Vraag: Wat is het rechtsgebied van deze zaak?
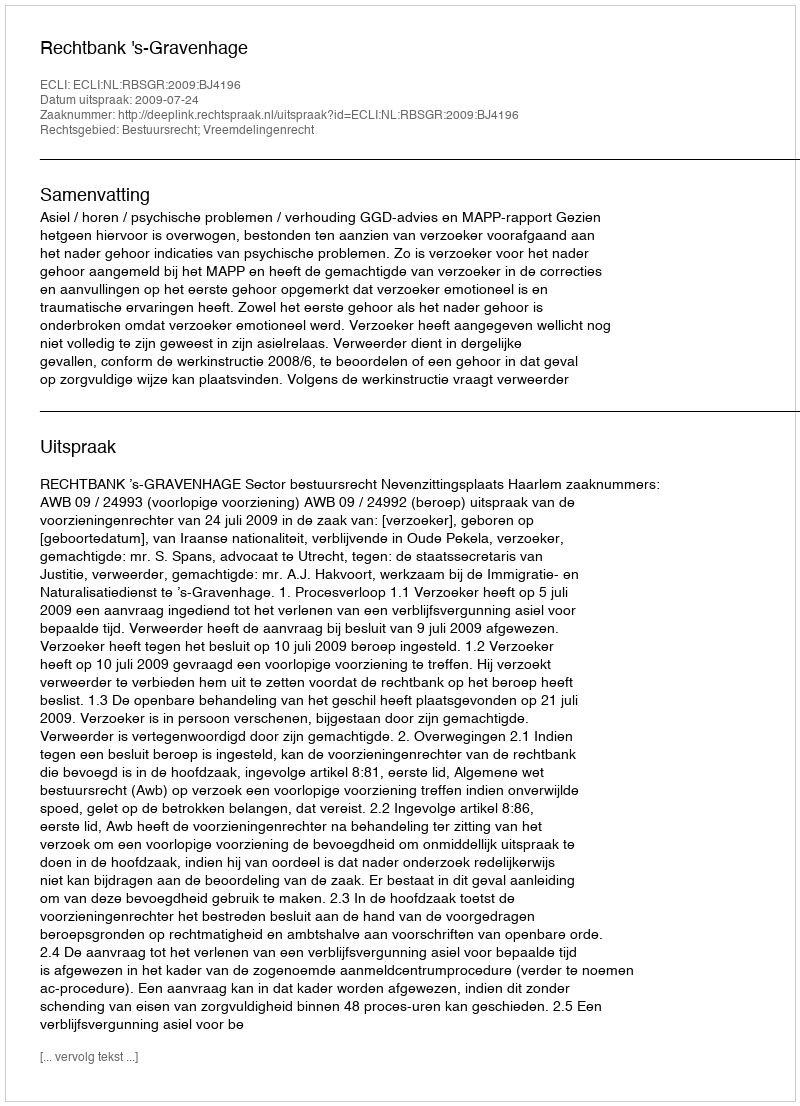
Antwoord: Bestuursrecht; Vreemdelingenrecht